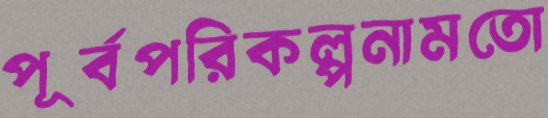
পূর্বপরিকল্পনামতো